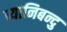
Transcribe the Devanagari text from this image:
ध्यानिबन्दु